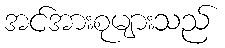
အင်အားစုများသည်